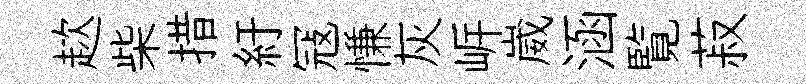
趑柴措紆冦慊灰㟁崴涵覧菽